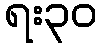
ရး၃၀